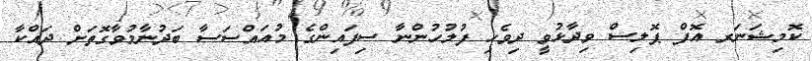
ކޮމިޝަނަރ އޮފް ޕޮލިސް ވިދާޅުވީ ދިވެހި ފުލުހުންނާ ސިފައިންގެ މުއައްސަސާ ބަދުނާމުވާގޮތަށް ދައްކާ